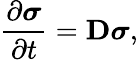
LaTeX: \frac{\partial\boldsymbol{\sigma}}{\partial t}=\mathbf{D}\boldsymbol{\sigma},